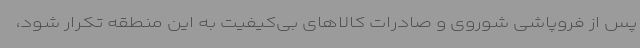
پس از فروپاشی شوروی و صادرات کالاهای بی‌کیفیت به این منطقه تکرار شود،